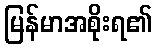
မြန်မာအစိုးရ၏